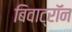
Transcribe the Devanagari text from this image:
बिवाट्रॉन